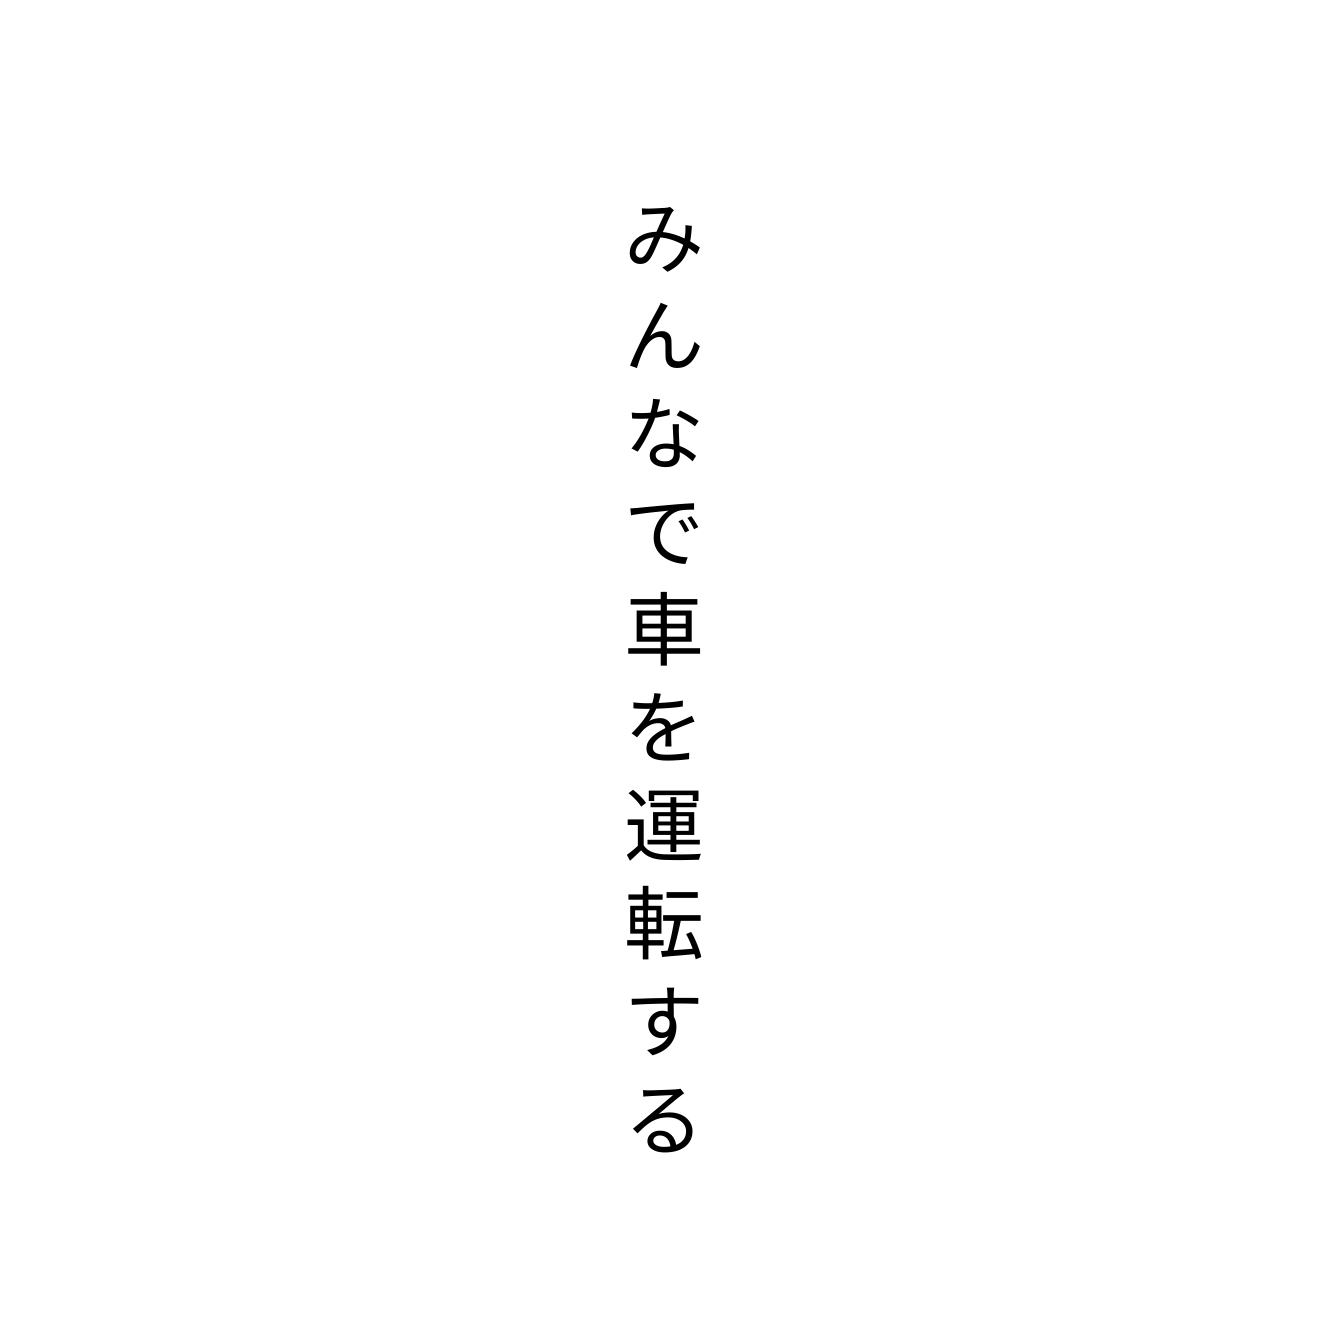
みんなで車を運転する